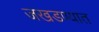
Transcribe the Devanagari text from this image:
जखडण्यात